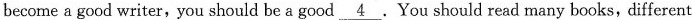
become a good writer,you should be a good \underline{4}. You should read many books,different